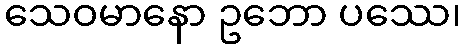
သေဝမာနော ဥဘော ပဿေ၊